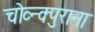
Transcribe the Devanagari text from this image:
चोव्न्क्पुराना